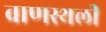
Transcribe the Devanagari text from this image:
वाणस्थली